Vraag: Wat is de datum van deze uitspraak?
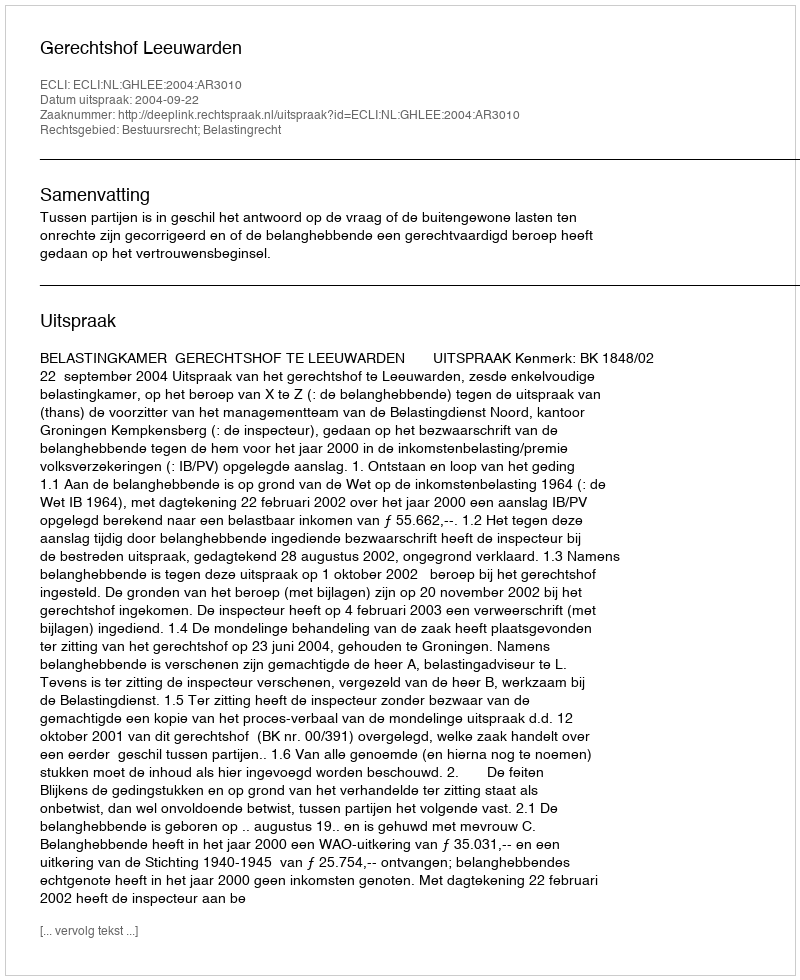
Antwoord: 2004-09-22